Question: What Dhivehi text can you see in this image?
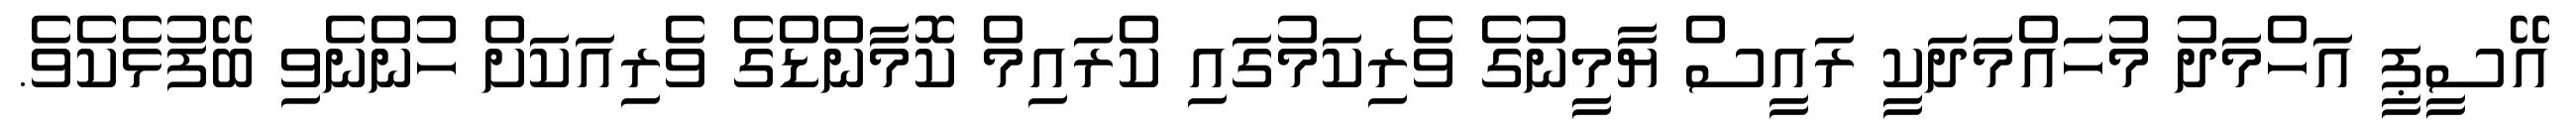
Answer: އޭސީޕީ އަހްމަދު މުހައްމަދަކީ ރައީސް ޔާމީނުގެ ވެރިކަމުގައި ކްރައިމް ކޮމާންޑްގެ ވެރިއަކަށް ހުންނެވި ބޭފުޅެކެވެ.